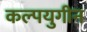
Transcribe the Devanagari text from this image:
कल्पयुगीन